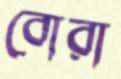
বোরা